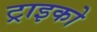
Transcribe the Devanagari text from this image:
ट्राइको